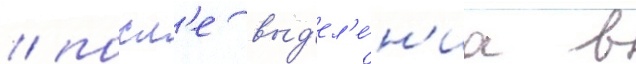
/ посл'е выд'ел'е́н'иа в